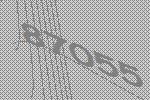
87055